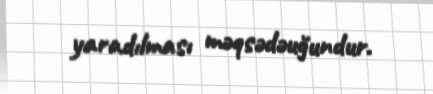
yaradılması məqsədəuğundur.